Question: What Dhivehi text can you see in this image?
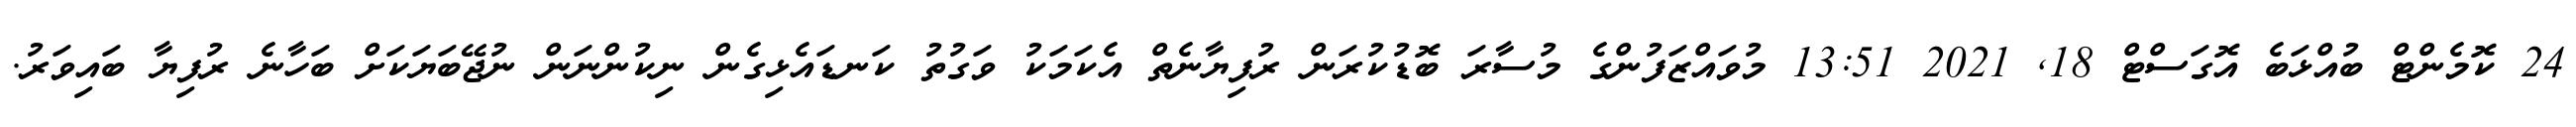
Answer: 24 ކޮމެންޓް ބުއްޅަބެ އޮގަސްޓް 18, 2021 13:51 މުވައްޒަފުންގެ މުސާރަ ބޮޑުކުރަން ރުފިޔާނެތް އެކަމަކު ވަގުތު ކަނޑައެޅިގެން ނިކުންނަން ނުޖޭބަޔަކަށް ބަހާނެ ރުފިޔާ ބައިވަރު.